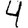
Digit: 4